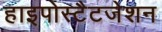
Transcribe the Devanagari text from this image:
हाइपोस्टैटजेशन